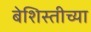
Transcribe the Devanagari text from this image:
बेशिस्तीच्या